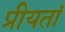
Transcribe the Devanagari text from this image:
प्रीयतां